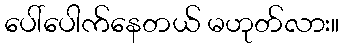
ပေါ်ပေါက်နေတယ် မဟုတ်လား။